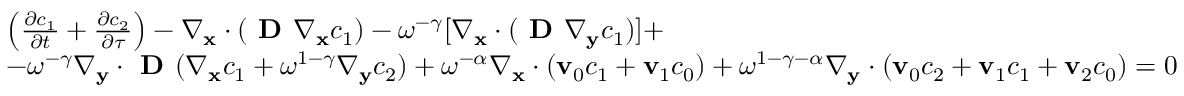
\begin{array} { r l } & { \left( \frac { \partial c _ { 1 } } { \partial t } + \frac { \partial c _ { 2 } } { \partial \tau } \right) - \nabla _ { \mathbf x } \cdot ( \textbf { D } \nabla _ { \mathbf x } c _ { 1 } ) - \omega ^ { - \gamma } [ \nabla _ { \mathbf x } \cdot ( \textbf { D } \nabla _ { \mathbf y } c _ { 1 } ) ] + } \\ & { - \omega ^ { - \gamma } \nabla _ { \mathbf y } \cdot \textbf { D } ( \nabla _ { \mathbf x } c _ { 1 } + \omega ^ { 1 - \gamma } \nabla _ { \mathbf y } c _ { 2 } ) + \omega ^ { - \alpha } \nabla _ { \mathbf x } \cdot ( \mathbf v _ { 0 } c _ { 1 } + \mathbf v _ { 1 } c _ { 0 } ) + \omega ^ { 1 - \gamma - \alpha } \nabla _ { \mathbf y } \cdot ( \mathbf v _ { 0 } c _ { 2 } + \mathbf v _ { 1 } c _ { 1 } + \mathbf v _ { 2 } c _ { 0 } ) = 0 } \end{array}